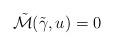
LaTeX: \begin{align*}\tilde{\mathcal{M}}(\tilde{\gamma},u)=0\end{align*}